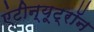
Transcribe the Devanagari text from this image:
एंटीन्यूट्रॉन